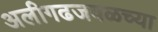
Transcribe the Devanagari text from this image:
अलीगढजवळच्या